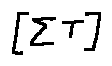
[ \sum T ]